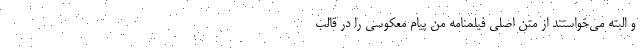
و البته می‌خواستند از متن اصلی فیلمنامه من پیام معکوسی را در قالب